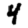
Digit: 4